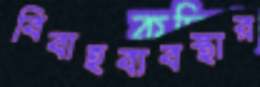
বিবাহব্যবস্থার